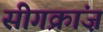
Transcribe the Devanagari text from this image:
सीगक्रांज़